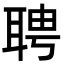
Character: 聘